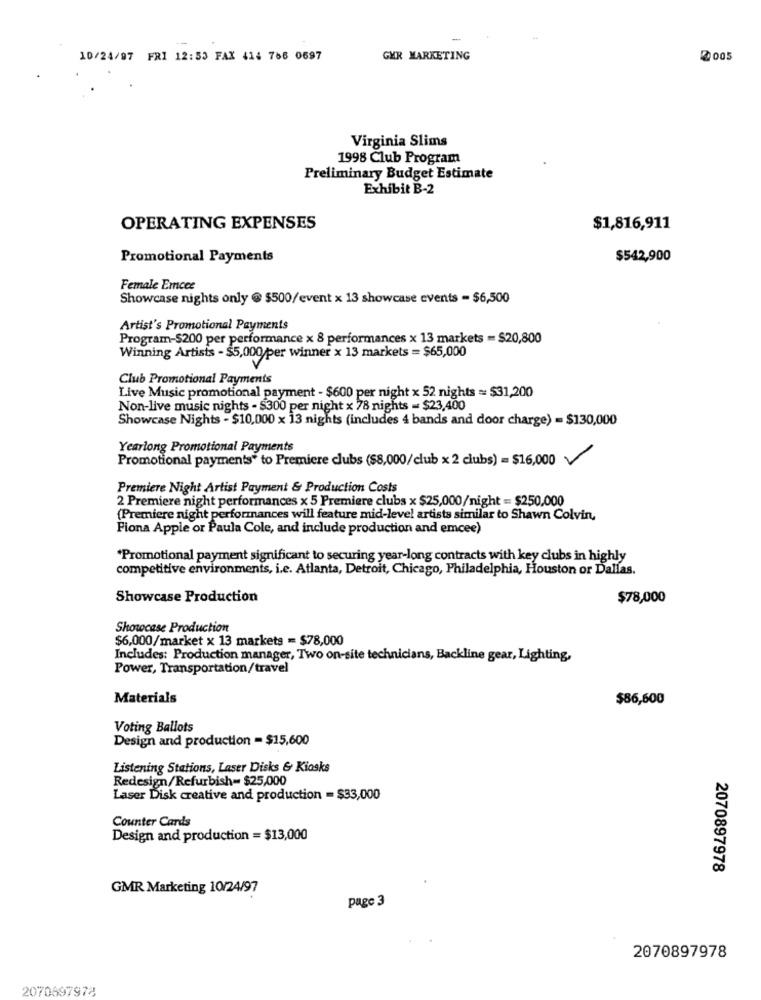
10/24/97 FRI 12:53 FAX 414 766 0697
GER MARKETING
@005
Virginia Slims
1998 Club Program
Preliminary Budget Estimate
Exhibit B-2
OPERATING EXPENSES
$1,816,911
Promotional Payments
$542,900
Female Emcee
Showcase nights only @ $500/event x 13 showcase events - $6,500
Artist's Promotional Payments
Program-$200 per performance x 8 performances x 13 markets = $20,800
Winning Artists - $5,000 per winner x 13 markets = $65,000
Club Promotional Payments
Live Music promotional payment - $600 per night x 52 nights = $31,200
Non-live music nights - $300 per night x 78 nights = $23,400
Showcase Nights - $10,000 x 13 nights (includes 4 bands and door charge) = $130,000
Yearlong Promotional Payments
Promotional payments" to Premiere clubs ($8,000/club x 2 clubs) = $16,000
Premiere Night Artist Payment & Production Costs
2 Premiere night performances x 5 Premiere clubs x $25,000/night = $250,000
(Premiere night performances will feature mid-level artists similar to Shawn Colvin,
Fiona Apple or Paula Cole, and include production and emcee)
"Promotional payment significant to securing year-long contracts with key clubs in highly
competitive environments, i.e. Atlanta, Detroit, Chicago, Philadelphia, Houston or Dallas.
Showcase Production
$78,000
Showcase Production
$6,000/market x 13 markets = $78,000
Includes: Production manager, Two on-site technicians, Backline gear, Lighting,
Power, Transportation/travel
Materials
$86,600
Voting Ballots
Design and production - $15,600
Listening Stations, Laser Disks & Kiosks
Redesign/Refurbish= $25,000
Laser Disk creative and production = $33,000
Counter Cards
Design and production = $13,000
2070897978
GMR Marketing 10/24/97
page 3
2070897978
2070697978